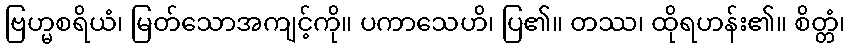
ဗြဟ္မစရိယံ၊ မြတ်သောအကျင့်ကို။ ပကာသေဟိ၊ ပြ၏။ တဿ၊ ထိုရဟန်း၏။ စိတ္တံ၊